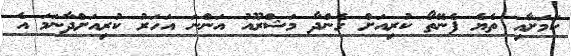
ކަމަށާއި ތެޔެ ފެނޭތޯ ކުރިއަށް ގެންދާ މަޝްރޫއު އަންނަ އަހަރު ކުރިއަށްދާނަމަ އެ